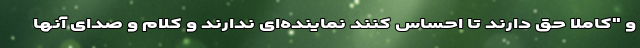
و "کاملا حق دارند تا احساس کنند نمایند‌ه‌ای ندارند و کلام و صدای آنها